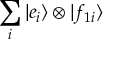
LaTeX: \sum _ { i } | e _ { i } \rangle \otimes | f _ { 1 i } \rangle